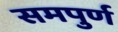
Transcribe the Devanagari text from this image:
समपुर्ण